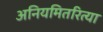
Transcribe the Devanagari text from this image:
अनियमितरित्या